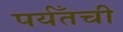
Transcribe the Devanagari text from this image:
पर्यँतची